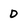
Character: D